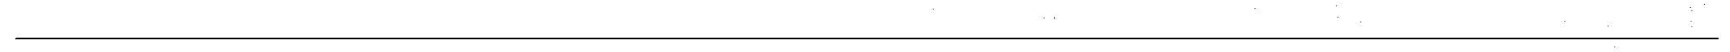
___